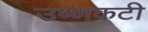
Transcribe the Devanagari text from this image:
उष्णकटी